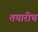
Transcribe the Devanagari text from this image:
तयारीच